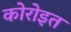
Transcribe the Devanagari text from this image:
कोरोइत